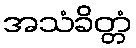
အသံခိတ္တံ